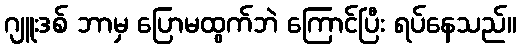
ဂျူးဒစ် ဘာမှ ပြောမထွက်ဘဲ ကြောင်ပြီး ရပ်နေသည်။